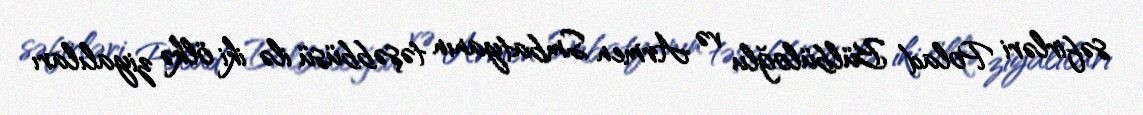
səfirləri Polad Bülbüloğlu və Armen Smbatyanın təşəbbüsü ilə iki ölkə ziyalıları